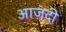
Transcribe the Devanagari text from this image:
आज़दी